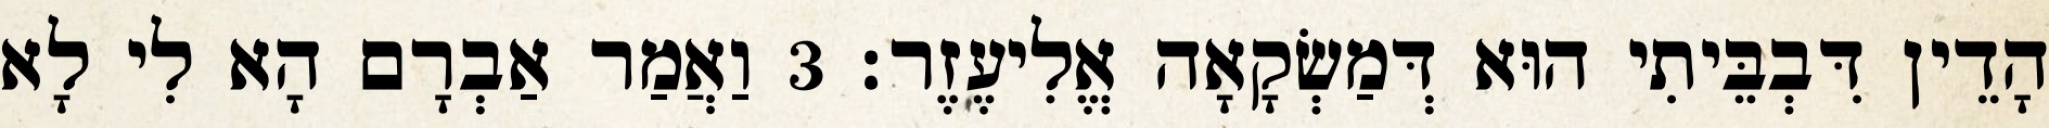
הָדֵין דִּבְבֵּיתִי הוּא דְּמַשְׂקָאָה אֱלִיעֶזֶר׃ 3 וַאֲמַר אַבְרָם הָא לִי לָא